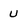
Character: U